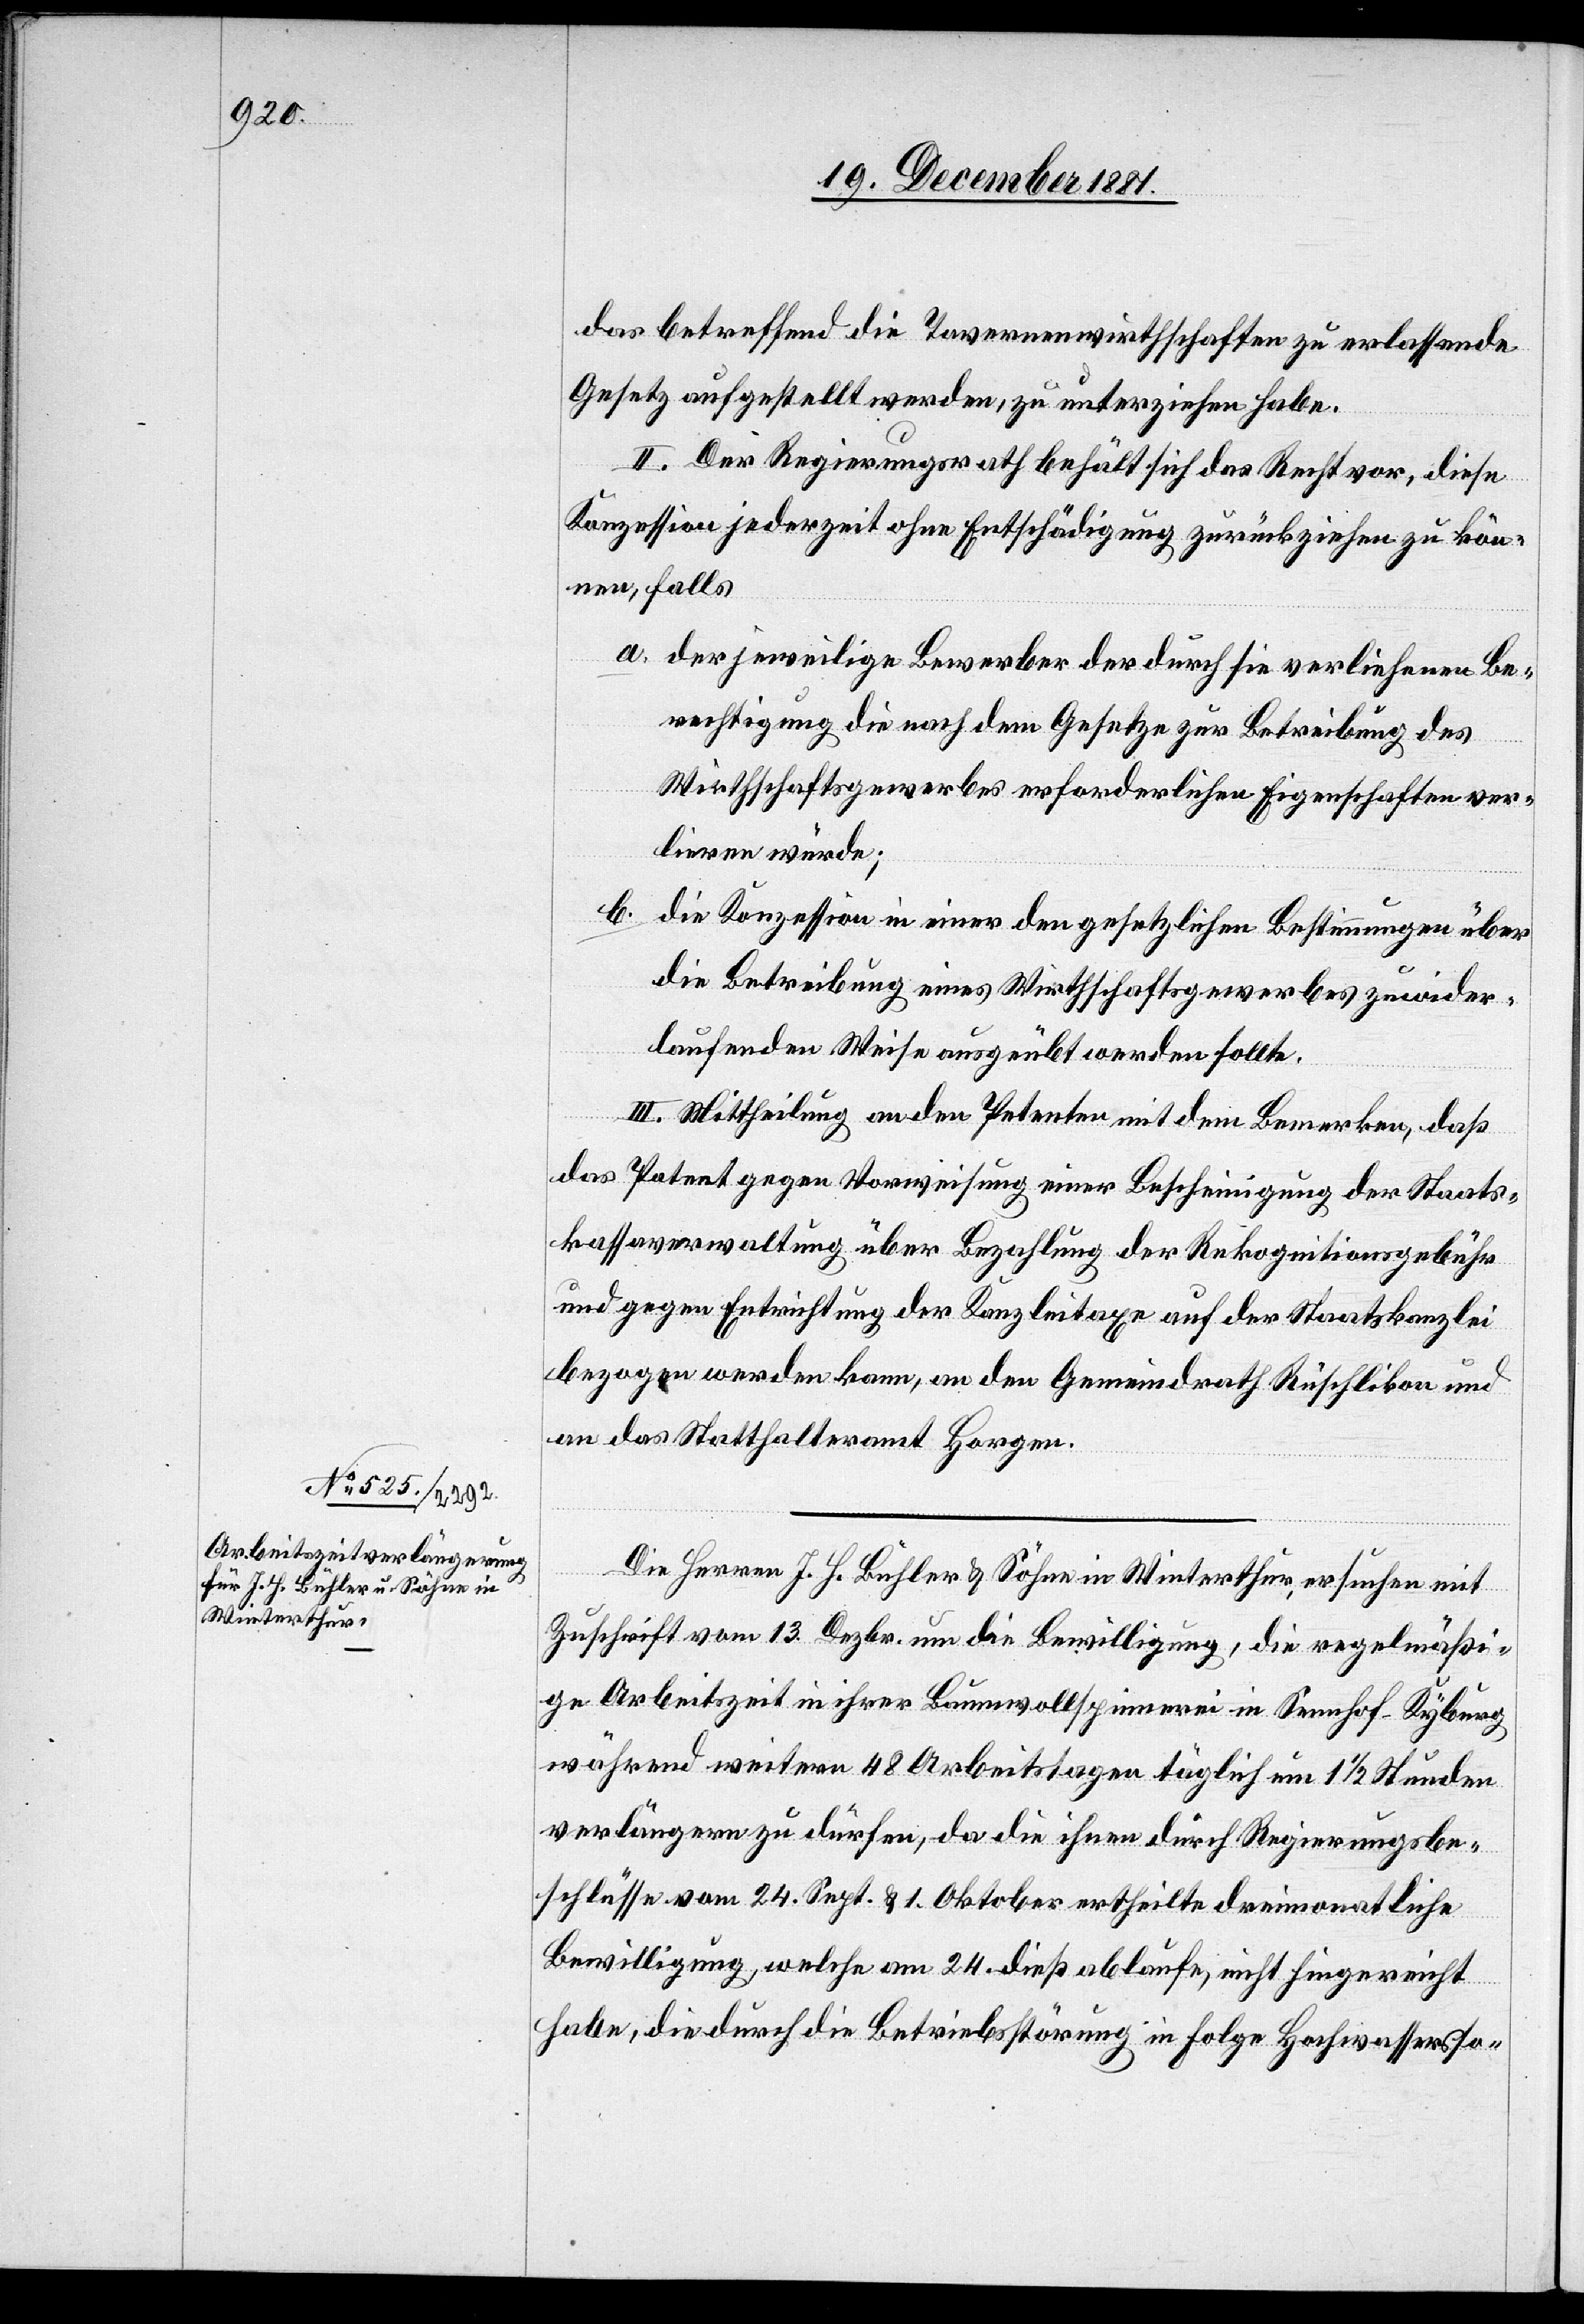
das betreffend die Tavernenwirthschaften zu erlassende
Gesetz aufgestellt werden, zu unterziehen habe.
II. Der Regierungsrath behält sich das Recht vor, diese
Konzession jederzeit ohne Entschädigung zurückziehen zu kön¬
nen, falls
a. der jeweilige Bewerber der durch sie verliehenen Be¬
rechtigung die nach dem Gesetze zur Betreibung des
Wirthschaftsgewerbes erforderlichen Eigenschaften ver¬
liren würde;
b.
die Konzession in einer den gesetzlichen Bestimmungen über
die Betreibung eines Wirthschaftsgewerbes zuwider¬
laufenden Weise ausgeübt werden sollte.
III. Mittheilung an den Petenten mit dem Bemerken, daß
das Patent gegen Vorweisung einer Bescheinigung der Staats¬
kassaverwaltung über Bezahlung der Rekognitionsgebühr
und gegen Entrichtung der Kanzleitaxe auf der Staatskanzlei
bezogen werden kann, an den Gemeindrath Rüschlikon und
an das Statthalteramt Horgen.
Die Herren J. H. Bühler & Söhne in Winterthur ersuchen mit
Zuschrift vom 13. Dezbr. um die Bewilligung, die regelmäßi¬
ge Arbeitszeit in ihrer Baumwollspinnerei in Sennhof - Kyburg
während weitern 48 Arbeitstagen täglich um 1 1/2 Stunden
verlängern zu dürfen, da die ihnen durch Regierungsbe¬
schlüsse vom 24. Sept. & 1. Oktober ertheilte dreimonatliche
Bewilligung, welche am 24. dieß ablaufe, nicht hingereicht
habe, die durch die Betriebsstörung in Folge Hochwassers & so-